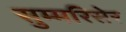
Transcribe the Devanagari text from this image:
सुम्मरिसेर